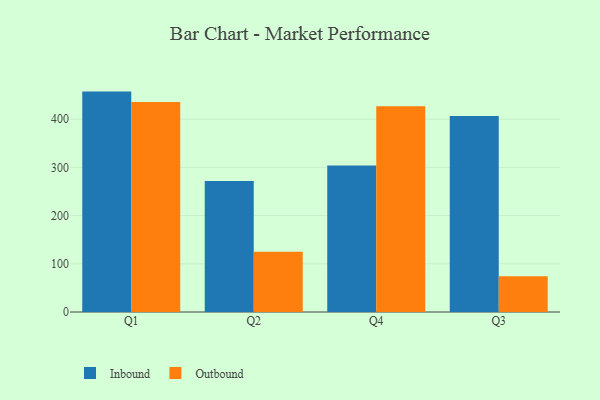
{"axis": {"x": "Quarter", "y": "Temperature (°C)"}, "legend": ["Inbound", "Outbound"], "data": [{"x": "Q1", "y": 457.2, "type": "Inbound"}, {"x": "Q1", "y": 435.8, "type": "Outbound"}, {"x": "Q2", "y": 271.9, "type": "Inbound"}, {"x": "Q2", "y": 125.2, "type": "Outbound"}, {"x": "Q4", "y": 303.7, "type": "Inbound"}, {"x": "Q4", "y": 426.9, "type": "Outbound"}, {"x": "Q3", "y": 406.6, "type": "Inbound"}, {"x": "Q3", "y": 74.0, "type": "Outbound"}]}